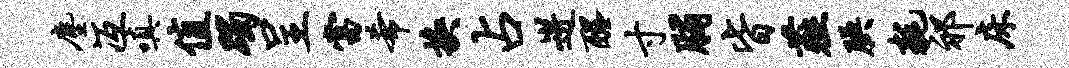
尘冱嗔值躅呈当希换占迸醒寸脯皆薤腆耗祁床